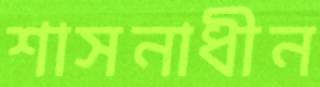
শাসনাধীন